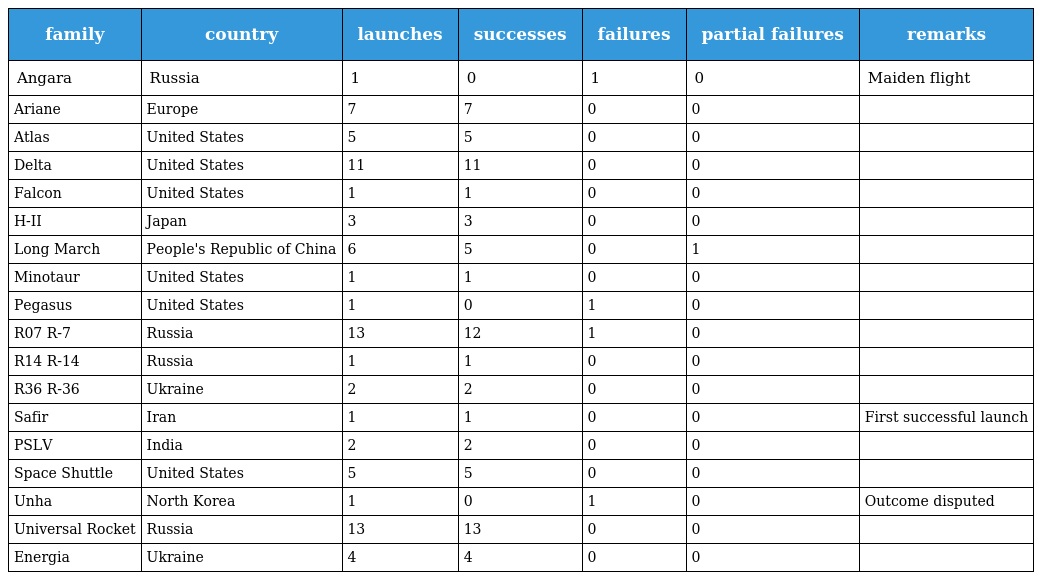
| family | country | launches | successes | failures | partial failures | remarks |
 | --- | --- | --- | --- | --- | --- | --- |
 | Angara | Russia | 1 | 0 | 1 | 0 | Maiden flight |
 | Ariane | Europe | 7 | 7 | 0 | 0 |  |
 | Atlas | United States | 5 | 5 | 0 | 0 |  |
 | Delta | United States | 11 | 11 | 0 | 0 |  |
 | Falcon | United States | 1 | 1 | 0 | 0 |  |
 | H-II | Japan | 3 | 3 | 0 | 0 |  |
 | Long March | People's Republic of China | 6 | 5 | 0 | 1 |  |
 | Minotaur | United States | 1 | 1 | 0 | 0 |  |
 | Pegasus | United States | 1 | 0 | 1 | 0 |  |
 | R07 R-7 | Russia | 13 | 12 | 1 | 0 |  |
 | R14 R-14 | Russia | 1 | 1 | 0 | 0 |  |
 | R36 R-36 | Ukraine | 2 | 2 | 0 | 0 |  |
 | Safir | Iran | 1 | 1 | 0 | 0 | First successful launch |
 | PSLV | India | 2 | 2 | 0 | 0 |  |
 | Space Shuttle | United States | 5 | 5 | 0 | 0 |  |
 | Unha | North Korea | 1 | 0 | 1 | 0 | Outcome disputed |
 | Universal Rocket | Russia | 13 | 13 | 0 | 0 |  |
 | Energia | Ukraine | 4 | 4 | 0 | 0 |  |